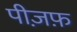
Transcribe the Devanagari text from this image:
पीज़फ़